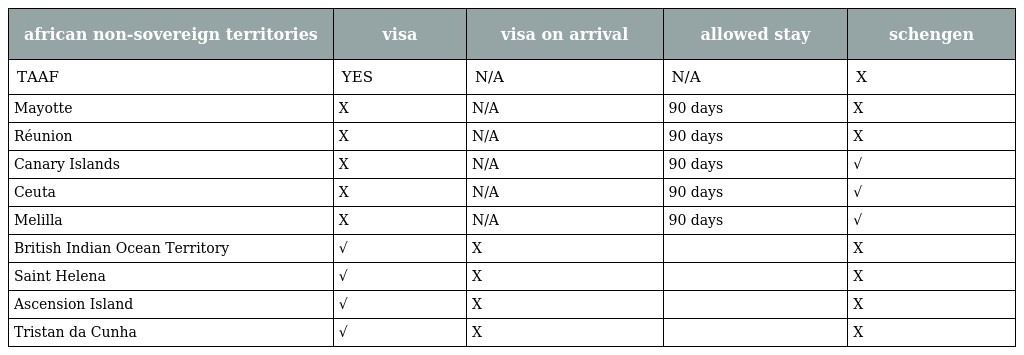
| african non-sovereign territories | visa | visa on arrival | allowed stay | schengen |
 | --- | --- | --- | --- | --- |
 | TAAF | YES | N/A | N/A | X |
 | Mayotte | X | N/A | 90 days | X |
 | Réunion | X | N/A | 90 days | X |
 | Canary Islands | X | N/A | 90 days | √ |
 | Ceuta | X | N/A | 90 days | √ |
 | Melilla | X | N/A | 90 days | √ |
 | British Indian Ocean Territory | √ | X |  | X |
 | Saint Helena | √ | X |  | X |
 | Ascension Island | √ | X |  | X |
 | Tristan da Cunha | √ | X |  | X |